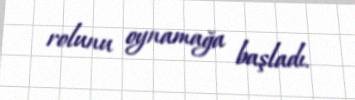
rolunu oynamağa başladı.